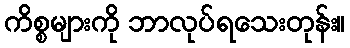
ကိစ္စများကို ဘာလုပ်ရသေးတုန်း။